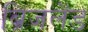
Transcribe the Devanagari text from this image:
ब्रिजलेंड